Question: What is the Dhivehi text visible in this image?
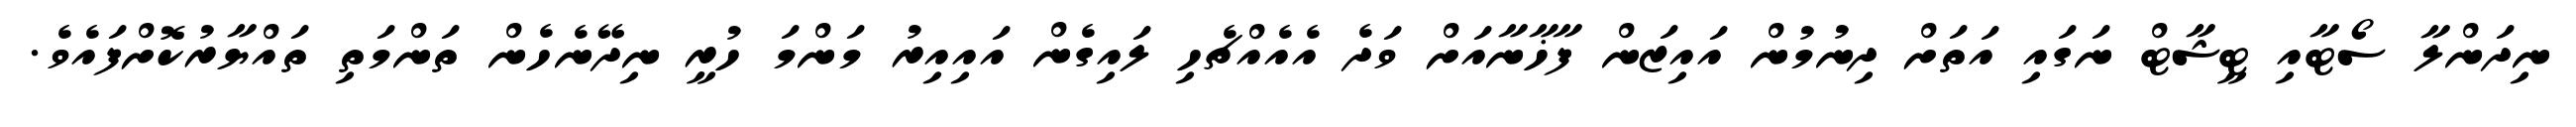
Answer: ނިދަންލާ ސޯޓާއި ޓީޝާޓް ނަގައި އަތަށް ދިނުމުން އައިޒަން ފާޚާނާއަށް ވަދެ އެއެއްޗެހި ލައިގެން އައިއިރު މަންމަ ހުރީ ނިދޭނެހެން ތަންމަތި ތައްޔާރުކޮށްފައެވެ.